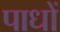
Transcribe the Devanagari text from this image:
पाधों